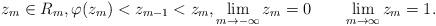
LaTeX: \begin{align*} z_m\in R_m, \varphi(z_m)<z_{m-1}<z_m, \lim_{m\to -\infty} z_m=0 \qquad \lim_{m\to \infty} z_m=1.\end{align*}